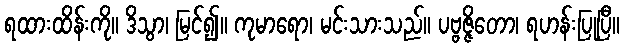
ရထားထိန်းကို။ ဒိသွာ၊ မြင်၍။ ကုမာရော၊ မင်းသားသည်။ ပဗ္ဗဇ္ဇိတော၊ ရဟန်းပြုပြီ။